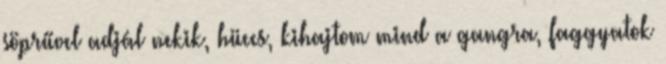
söprűvel adjál nekik, hüccs, kihajtom mind a gangra, faggyatok